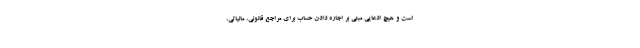
است و هیچ ادعایی مبنی بر اجاره دادن حساب برای مراجع قانونی، مالیاتی،